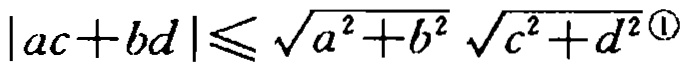
\(|ac + bd| \leq \sqrt{a^{2}+b^{2}} \sqrt{c^{2}+d^{2}}\textcircled{1}\)